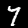
Label: 7